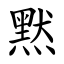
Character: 黙